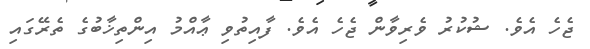
ޖެހެ އެވެ. ޝުކުރު ވެރިވާން ޖެހެ އެވެ. ފާއިތުވި ޢާއްމު އިންތިޚާބުގެ ތެރޭގައި